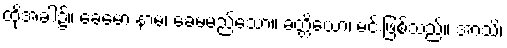
ထိုအခါ၌။ ခေမော နာမ၊ ခေမမည်သော။ ခတ္တိယော၊ မင်းဖြစ်သည်။ အာသိ၊